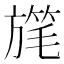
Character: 𣄓